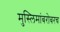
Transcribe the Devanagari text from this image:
मुस्लिमांबरोबरच